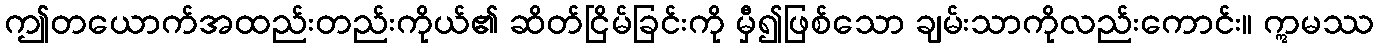
ဤတယောက်အထည်းတည်းကိုယ်၏ ဆိတ်ငြိမ်ခြင်းကို မှီ၍ဖြစ်သော ချမ်းသာကိုလည်းကောင်း။ ဣမဿ